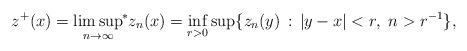
LaTeX: \begin{align*}z^+(x)=\limsup_{n\to\infty}{\kern-3pt}^* z_n(x)=\inf_{r>0}\sup\{z_n(y)\,:\,|y-x|<r,\ n>r^{-1}\}, \end{align*}